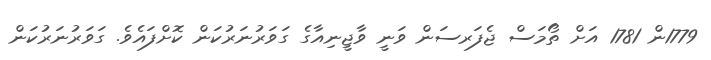
1779ން 1781 އަށް ތޯމަސް ޖެފަރސަން ވަނީ ވާޖީނިއާގެ ގަވަރުނަރުކަން ކޮށްފައެވެ. ގަވަރުނަރުކަން